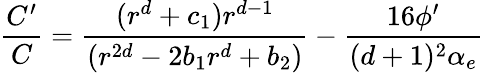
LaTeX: {\frac{C^{\prime}}{C}}={\frac{(r^{d}+c_{1})r^{d-1}}{(r^{2d}-2b_{1}r^{d}+b_{2})}}-{\frac{16\phi^{\prime}}{(d+1)^{2}\alpha_{e}}}